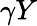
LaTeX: \gamma Y